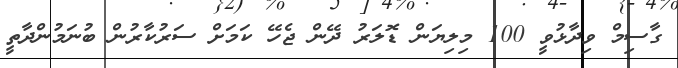
ގާސިމް ވިދާޅުވީ 100 މިލިޔަން ޑޮލަރު ދޭން ޖެހޭ ކަމަށް ސަރުކާރުން ބުނަމުންދާތީ